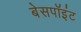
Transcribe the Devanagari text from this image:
बेसपॉइंट